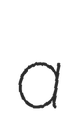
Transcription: a